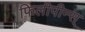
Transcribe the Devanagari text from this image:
फिलीपीन्स्